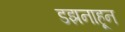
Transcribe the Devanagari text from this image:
डझनाहून